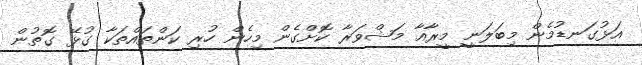
އަޅުގަނޑުމެން މިބަލަނީ މީރާއާ މަޝްވަރާ ކޮށްގެން މިހެން ހުރި ކަންތައްތަކާ ގުޅޭ ގޮތުން